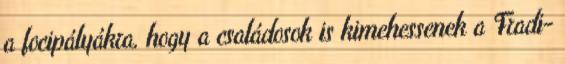
a focipályákra, hogy a családosok is kimehessenek a Fradi-